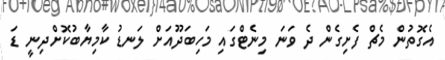
އެގޮތުން މެޗް ފެށިގެން ދެ ވަނަ މިނެޓްގައި މަހިބަދޫއަށް ލަނޑު ކާމިޔާބުކޮށްދިނީ ޑަ